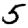
Digit: 5